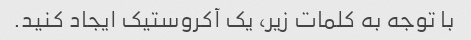
با توجه به کلمات زیر، یک آکروستیک ایجاد کنید.